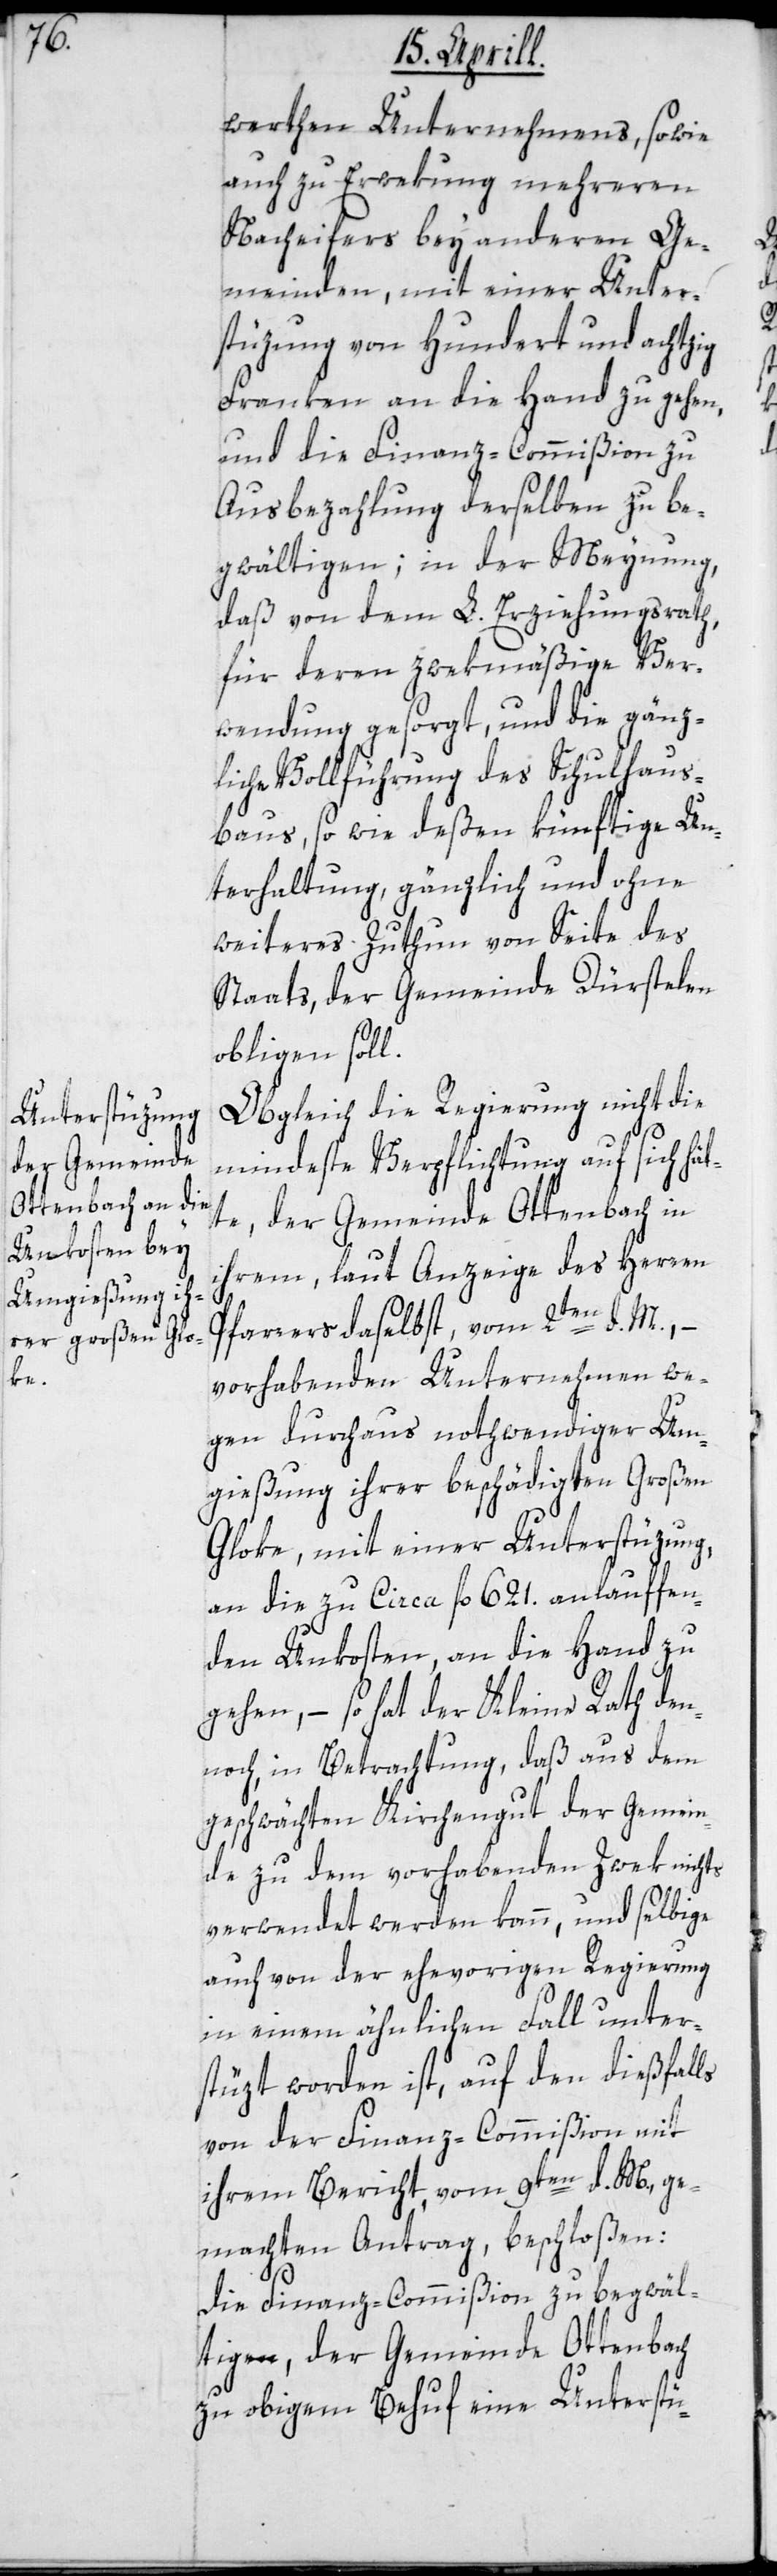
werthen Unternehmens, sowie
auch zu Erwekung mehreren
Nacheifers bey anderen Ge¬
meinden, mit einer Unter¬
stüzung von Hundert und achtzig
Franken an die Hand zu gehen,
und die Finanz-Commißion zu
Ausbezahlung derselben zu be¬
gwältigen; in der Meynung,
daß von dem L. Erziehungsrath,
für deren zwekmäßige Ver¬
wendung gesorgt, und die gänz¬
liche Vollführung des Schulhaus¬
baus sowie deßen künftige Un¬
terhaltung, gänzlich und ohne
weiteres Zuthun von Seite des
Staats, der Gemeinde Dürstelen
obligen soll.
Obgleich die Regierung nicht die
mindeste Verpflichtung auf sich hät¬
te, der Gemeinde Ottenbach in
ihrem, laut Anzeige des Herren
Pfarrers daselbst vom 2ten d. M., –
vorhabenden Unternehmen we¬
gen durchaus nothwendiger Um¬
gießung ihrer beschädigten Großen
Gloke, mit einer Unterstüzung,
an die zu Circa fl. 621 anlauffen¬
den Unkosten, an die Hand zu
gehen, – so hat der Kleine Rath den¬
noch, in Betrachtung daß aus dem
geschwächten Kirchengut der Gemein¬
de zu dem vorhabenden Zwek nichts
verwendet werden kann, und selbige
auch von der ehevorigen Regierung
in einem ähnlichen Fall unter¬
stüzt worden ist, auf den dießfalls
von der Finanz-Commißion mit
ihrem Bericht vom 9ten d. M., ge¬
machten Antrag, beschloßen,
die Finanz-Commißion zu begwäl¬
tigen, der Gemeinde Ottenbach
zu obigem Behuf eine Unterstü-